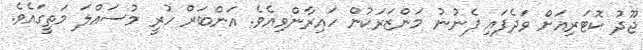
ޖޫދު ކޮޓަރިއަށް ވަދެފައި ފެނުނު މަންޒަރަކުން ހައިރާންވިއެވެ. އަންބަރް ހުރީ މުސައްލަ މަތީގައެވެ.